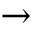
\to